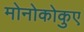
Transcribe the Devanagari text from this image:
मोनोकोकुए